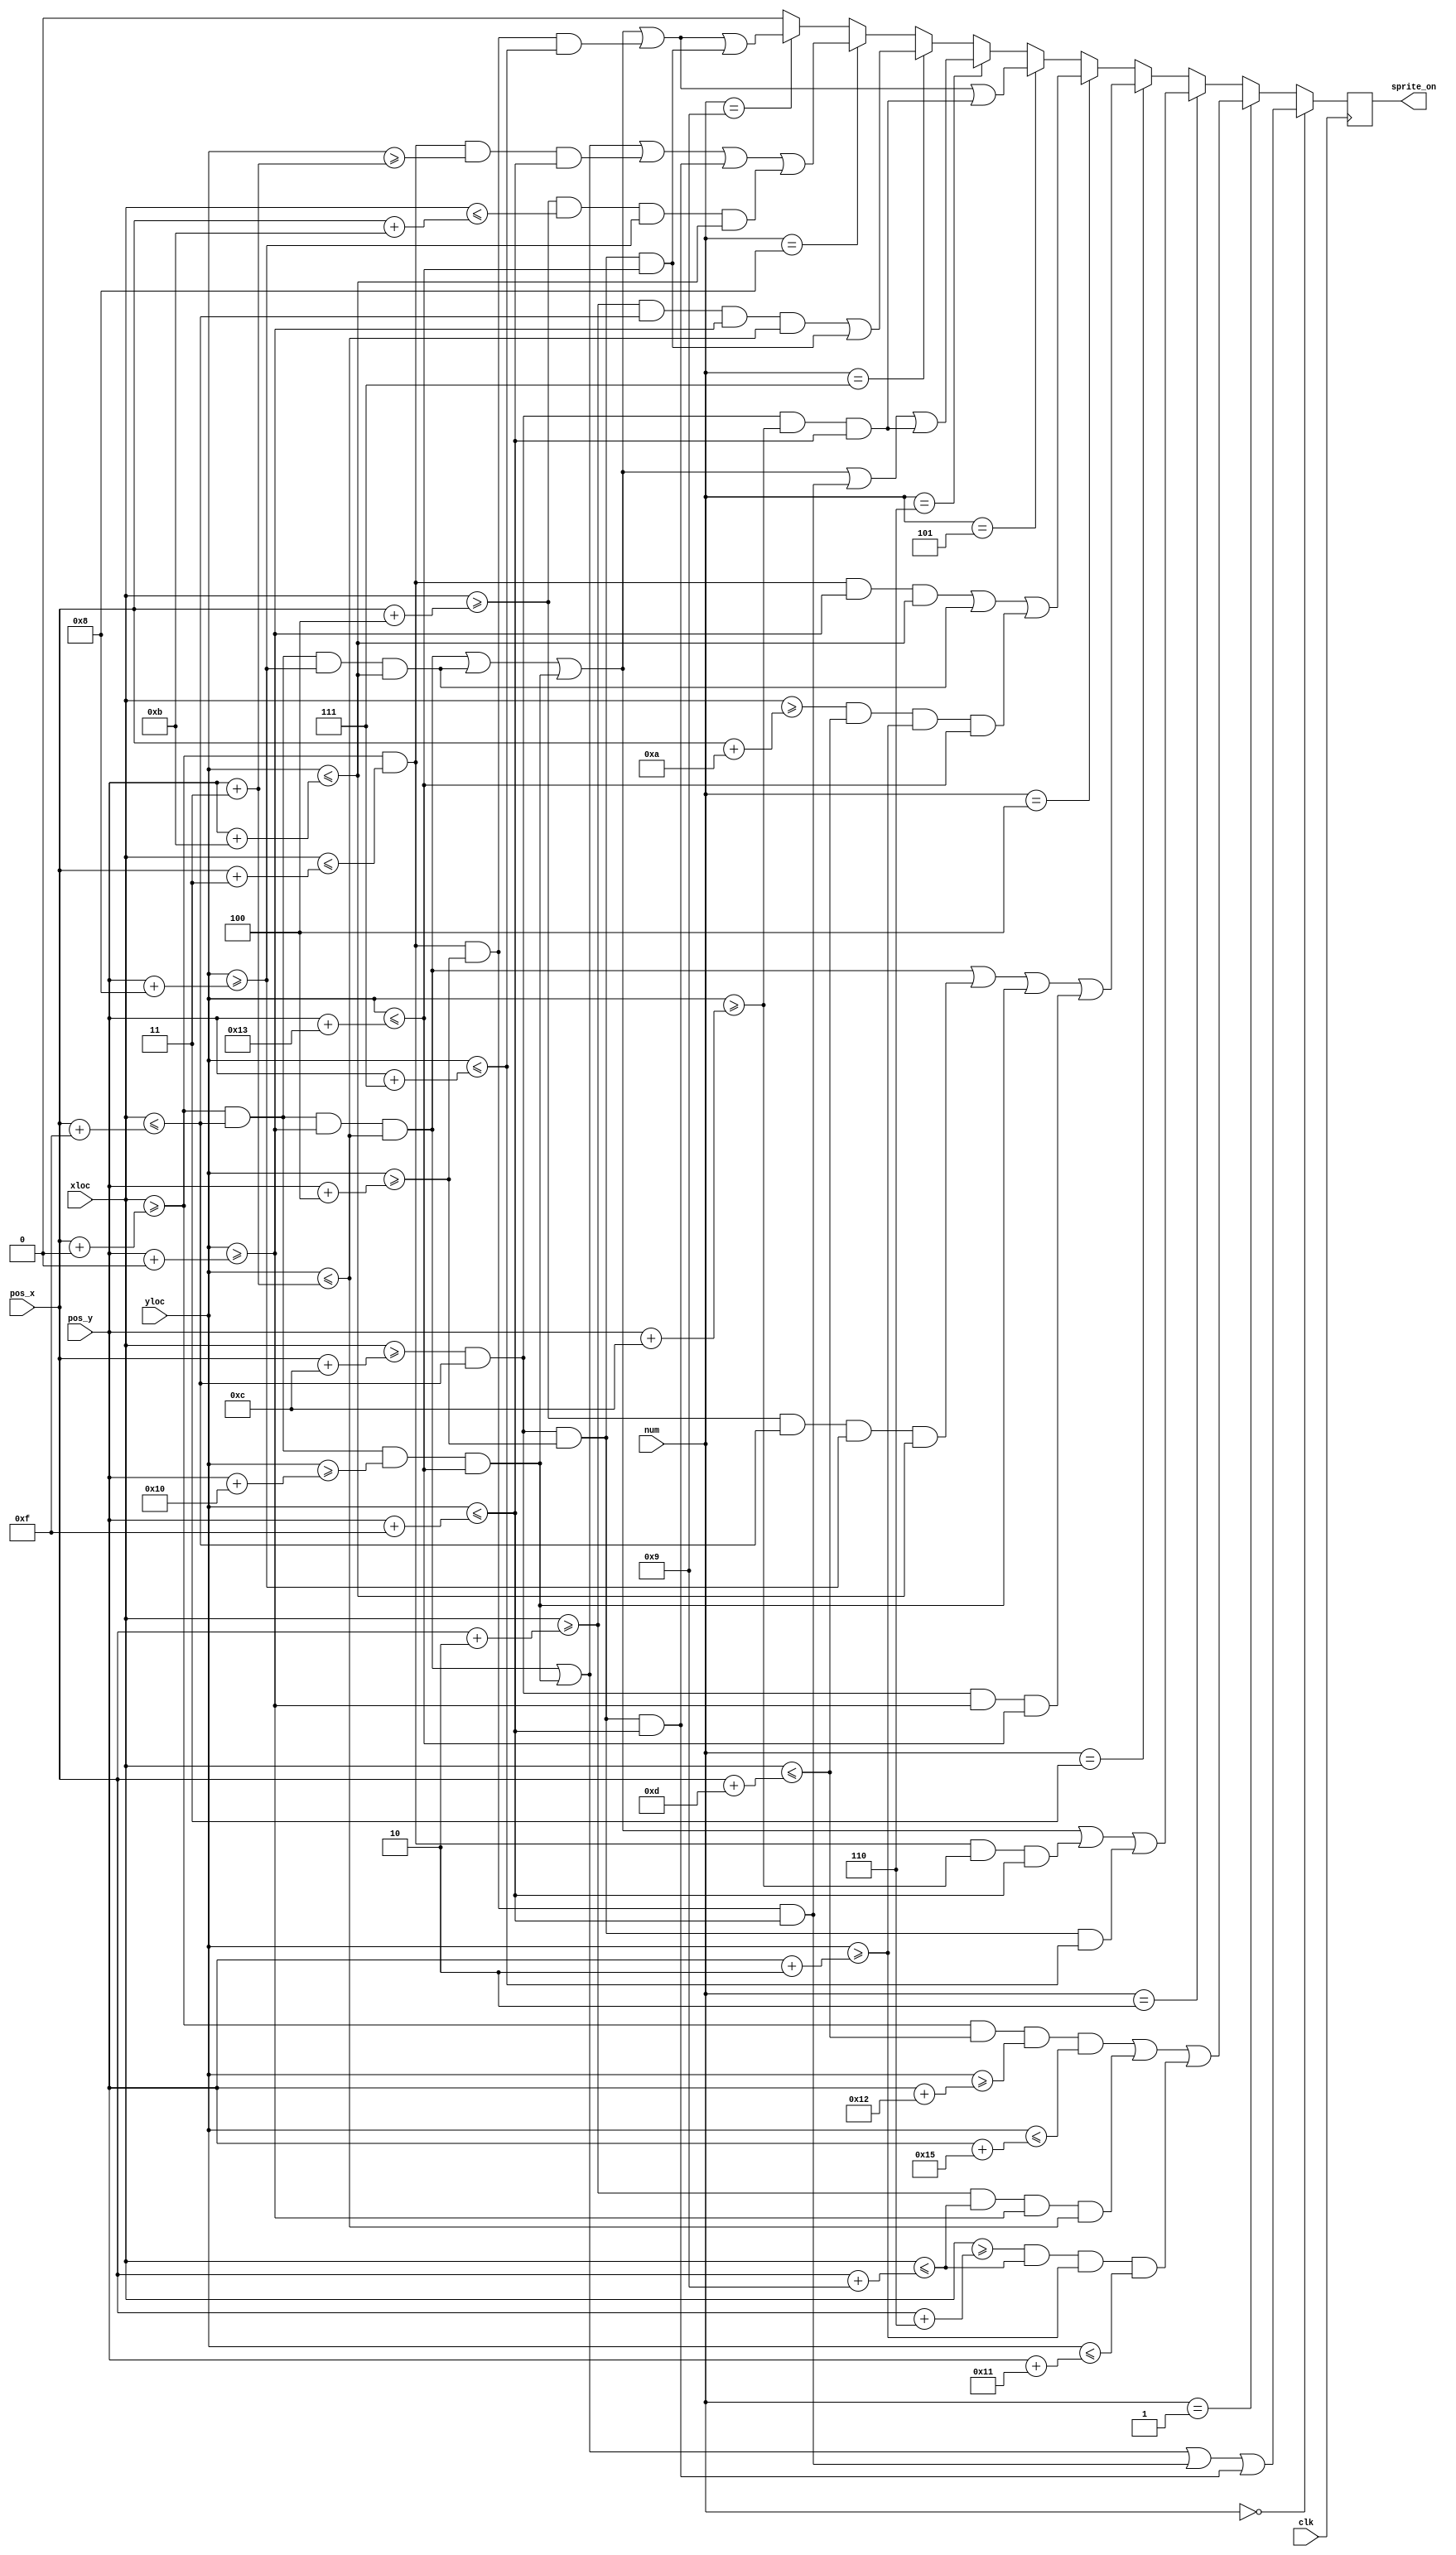
`timescale 1ns / 1ps

module stop_watch(
    input clk,
    input [9:0]xloc, 
    input [9:0]yloc,
    input [9:0]pos_x,
    input [9:0]pos_y,
    input [3:0] num,
    output reg sprite_on
    );
    
wire [11:0] zero;
wire [11:0] one;
wire [11:0] two;
wire [11:0] three;
wire [11:0] four;
wire [11:0] five;
wire [11:0] six;
wire [11:0] seven;
wire [11:0] eight;
wire [11:0] nine;

assign zero =
(xloc >= pos_x+0 && xloc <= pos_x+15 && yloc >= pos_y+0 && yloc <= pos_y+3)||(xloc >= pos_x+0 && xloc <= pos_x+15 && yloc >= pos_y+16 && yloc <= pos_y+19)
||(xloc >= pos_x+0 && xloc <= pos_x+3 && yloc >= pos_y+4 && yloc <= pos_y+15)||(xloc >= pos_x+12 && xloc <= pos_x+15 && yloc >= pos_y+4 && yloc <= pos_y+15);

assign one = 
(xloc >= pos_x+0 && xloc <= pos_x+13 && yloc >= pos_y+18 && yloc <= pos_y+21)||(xloc >= pos_x+2 && xloc <= pos_x+9 && yloc >= pos_y+0 && yloc <= pos_y+3)
||(xloc >= pos_x+6 && xloc <= pos_x+9 && yloc >= pos_y+2 && yloc <= pos_y+17);

assign two =
(xloc >= pos_x+0 && xloc <= pos_x+15 && yloc >= pos_y+0 && yloc <= pos_y+3)||(xloc >= pos_x+0 && xloc <= pos_x+15 && yloc >= pos_y+8 && yloc <= pos_y+11)
||(xloc >= pos_x+0 && xloc <= pos_x+15 && yloc >= pos_y+16 && yloc <= pos_y+19)||(xloc >= pos_x+0 && xloc <= pos_x+3 && yloc >= pos_y+12 && yloc <= pos_y+15)
||(xloc >= pos_x+12 && xloc <= pos_x+15 && yloc >= pos_y+4 && yloc <= pos_y+7);

assign three = 
(xloc >= pos_x+0 && xloc <= pos_x+15 && yloc >= pos_y+0 && yloc <= pos_y+3)||(xloc >= pos_x+4 && xloc <= pos_x+15 && yloc >= pos_y+8 && yloc <= pos_y+11)
||(xloc >= pos_x+0 && xloc <= pos_x+15 && yloc >= pos_y+16 && yloc <= pos_y+19)||(xloc >= pos_x+12 && xloc <= pos_x+15 && yloc >= pos_y+0 && yloc <= pos_y+19);

assign four = 
(xloc >= pos_x+0 && xloc <= pos_x+3 && yloc >= pos_y+0 && yloc <= pos_y+11)||(xloc >= pos_x+0 && xloc <= pos_x+15 && yloc >= pos_y+8 && yloc <= pos_y+11)
||(xloc >= pos_x+10 && xloc <= pos_x+13 && yloc >= pos_y+2 && yloc <= pos_y+19);

assign five =
(xloc >= pos_x+0 && xloc <= pos_x+15 && yloc >= pos_y+0 && yloc <= pos_y+3)||(xloc >= pos_x+0 && xloc <= pos_x+15 && yloc >= pos_y+8 && yloc <= pos_y+11)
||(xloc >= pos_x+0 && xloc <= pos_x+15 && yloc >= pos_y+16 && yloc <= pos_y+19)||(xloc >= pos_x+0 && xloc <= pos_x+3 && yloc >= pos_y+4 && yloc <= pos_y+7)
||(xloc >= pos_x+12 && xloc <= pos_x+15 && yloc >= pos_y+12 && yloc <= pos_y+15);

assign six =
(xloc >= pos_x+0 && xloc <= pos_x+15 && yloc >= pos_y+0 && yloc <= pos_y+3)||(xloc >= pos_x+0 && xloc <= pos_x+15 && yloc >= pos_y+8 && yloc <= pos_y+11)
||(xloc >= pos_x+0 && xloc <= pos_x+15 && yloc >= pos_y+16 && yloc <= pos_y+19)||(xloc >= pos_x+0 && xloc <= pos_x+3 && yloc >= pos_y+4 && yloc <= pos_y+15)
||(xloc >= pos_x+12 && xloc <= pos_x+15 && yloc >= pos_y+12 && yloc <= pos_y+15);

assign seven =
(xloc >= pos_x+2 && xloc <= pos_x+15 && yloc >= pos_y+0 && yloc <= pos_y+3)||(xloc >= pos_x+12 && xloc <= pos_x+15 && yloc >= pos_y+4 && yloc <= pos_y+19);

assign eight =
(xloc >= pos_x+0 && xloc <= pos_x+15 && yloc >= pos_y+0 && yloc <= pos_y+3)||(xloc >= pos_x+0 && xloc <= pos_x+15 && yloc >= pos_y+16 && yloc <= pos_y+19)
||(xloc >= pos_x+0 && xloc <= pos_x+3 && yloc >= pos_y+3 && yloc <= pos_y+15)||(xloc >= pos_x+12 && xloc <= pos_x+15 && yloc >= pos_y+4 && yloc <= pos_y+15)
||(xloc >= pos_x+4 && xloc <= pos_x+11 && yloc >= pos_y+8 && yloc <= pos_y+11);

assign nine = 
(xloc >= pos_x+0 && xloc <= pos_x+15 && yloc >= pos_y+0 && yloc <= pos_y+3)||(xloc >= pos_x+0 && xloc <= pos_x+15 && yloc >= pos_y+8 && yloc <= pos_y+11)
||(xloc >= pos_x+0 && xloc <= pos_x+15 && yloc >= pos_y+16 && yloc <= pos_y+19)||(xloc >= pos_x+0 && xloc <= pos_x+3 && yloc >= pos_y+4 && yloc <= pos_y+7)
||(xloc >= pos_x+12 && xloc <= pos_x+15 && yloc >= pos_y+4 && yloc <= pos_y+19);

always @(posedge clk)
begin
    if (num == 4'd0)
        sprite_on <= zero;
    else if (num == 4'd1)
        sprite_on <= one;
    else if (num == 4'd2)
        sprite_on <= two;
    else if (num == 4'd3)
        sprite_on <= three;
    else if (num == 4'd4)
        sprite_on <= four;
    else if (num == 4'd5)
        sprite_on <= five;
    else if (num == 4'd6)
        sprite_on <= six;
    else if (num == 4'd7)
        sprite_on <= seven;
    else if (num == 4'd8)
        sprite_on <= eight;
    else if (num == 4'd9)
        sprite_on <= nine;
    else
        sprite_on <= 0;
end

endmodule